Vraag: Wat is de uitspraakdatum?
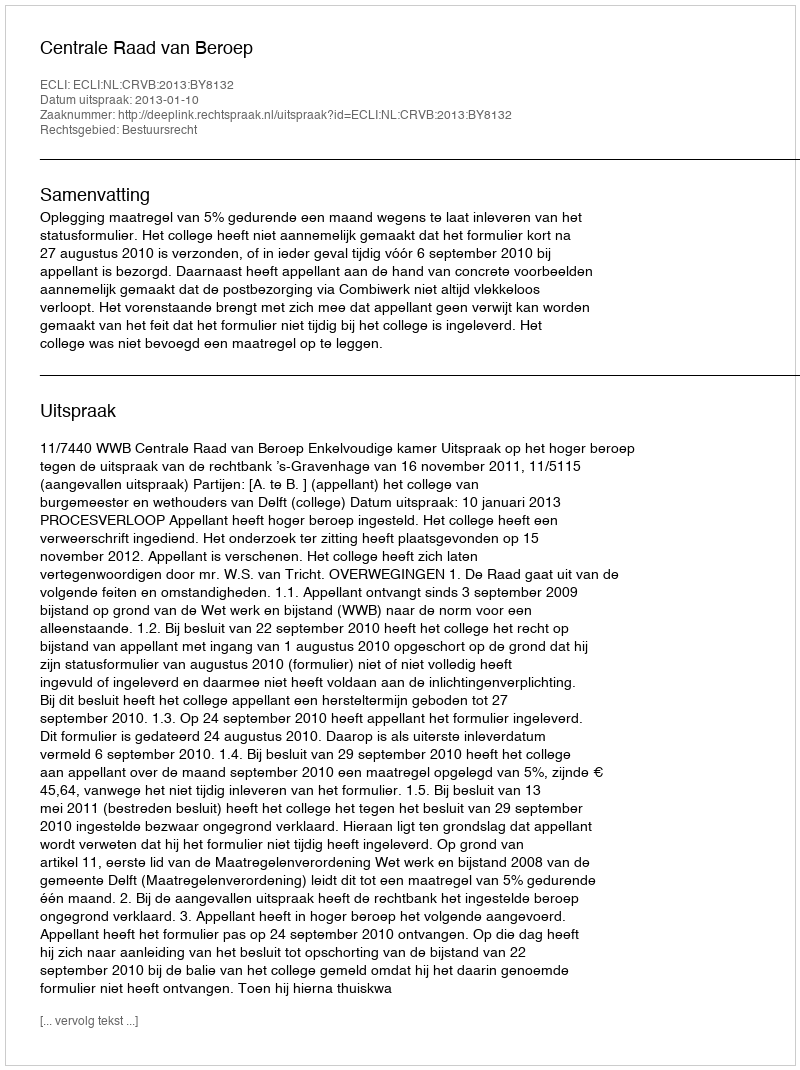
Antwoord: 2013-01-10